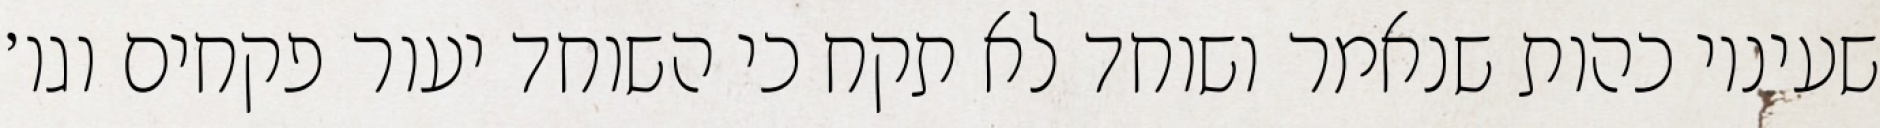
שעיניו כהות שנאמר ושוחד לא תקח כי השוחד יעור פקחים וגו׳